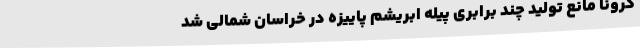
کرونا مانع تولید چند برابری پیله ابریشم پاییزه در خراسان شمالی شد